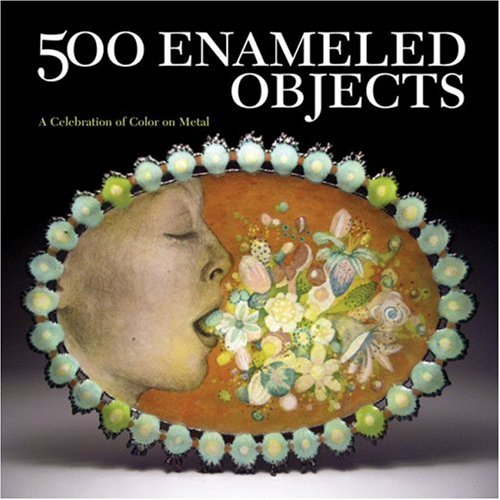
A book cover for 500 Enameled Objects: A Celebration of Color on Metal (500 Series); Crafts, Hobbies & Home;